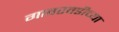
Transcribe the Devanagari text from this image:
गावरवडीच्या